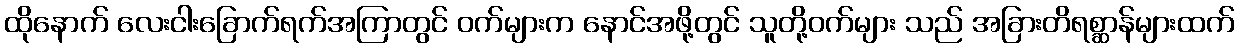
ထိုနောက် လေးငါးခြောက်ရက်အကြာတွင် ဝက်များက နောင်အဖို့တွင် သူတို့ဝက်များ သည် အခြားတိရစ္ဆာန်များထက်